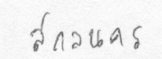
สกลนคร